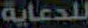
للدعاية